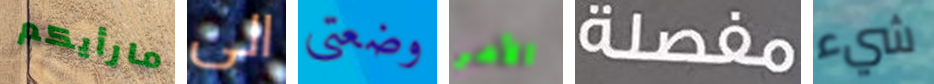
مارأيكم الى وضعتي الأمر مفصلة شيء